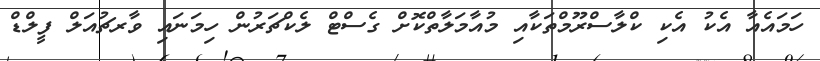
ހަމައެއާ އެކު އެކި ކްލާސްރޫމްތަކާއި މުއާމަލާތްކޮށް ގެސްޓް ލެކްޗަރުން ހިމަނައި ވާރޗުއަލް ފީލްޑް